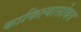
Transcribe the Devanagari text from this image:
काफिल्यासोबत